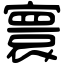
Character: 寰